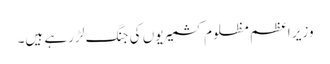
وزیر اعظم مظلوم کشمیریوں کی جنگ لڑ رہے ہیں۔